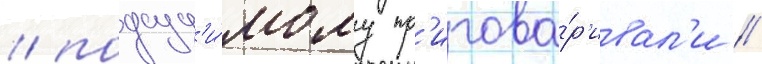
/ подсуд'и́мому пр'игова́р'ивал'и //